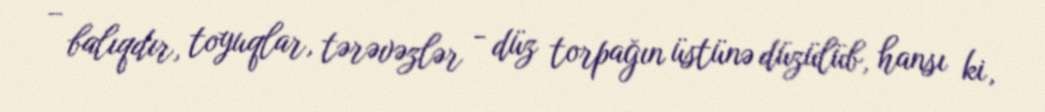
– balıqdır, toyuqlar, tərəvəzlər - düz torpağın üstünə düzülüb, hansı ki,